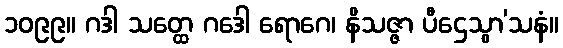
၁၀၉၉။ ဂဒါ သတ္ထေ ဂဒေါ ရောဂေ၊ နိသဇ္ဇာ ပီဌေသွာ’သနံ။